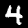
Label: 4